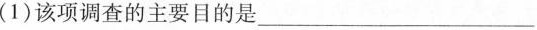
(1)该项调查的主要目的是___